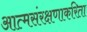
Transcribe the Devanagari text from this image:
आत्मसंरक्षणाकरिता